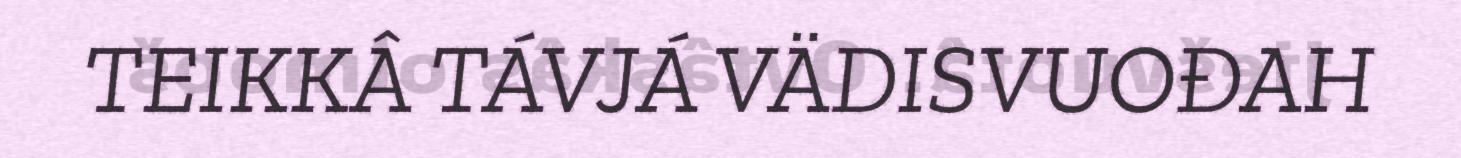
TEIKKÂ TÁVJÁ VÄDISVUOĐAH